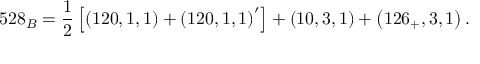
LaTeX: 5 2 8 _ { B } = \frac 1 2 \left[ \left( 1 2 0 , 1 , 1 \right) + \left( 1 2 0 , 1 , 1 \right) ^ { \prime } \right] + \left( 1 0 , 3 , 1 \right) + \left( 1 2 6 _ { + } , 3 , 1 \right) .